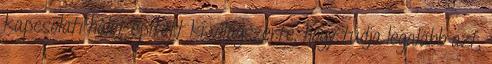
kapcsolati hálót épített ki világszerte, hogy tudja legalább azt,